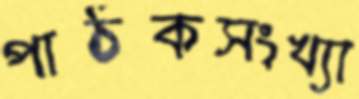
পাঠকসংখ্যা